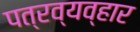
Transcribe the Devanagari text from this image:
पत्रव्यव्हार